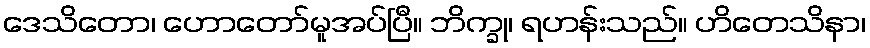
ဒေသိတော၊ ဟောတော်မူအပ်ပြီ။ ဘိက္ခု၊ ရဟန်းသည်။ ဟိတေသိနာ၊